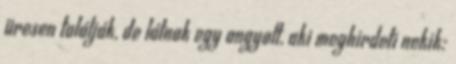
üresen találják, de látnak egy angyalt, aki meghirdeti nekik: